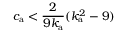
c _ { \mathrm { a } } < \frac { 2 } { 9 k _ { \mathrm { a } } } ( k _ { \mathrm { a } } ^ { 2 } - 9 )